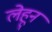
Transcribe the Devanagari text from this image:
लेहून